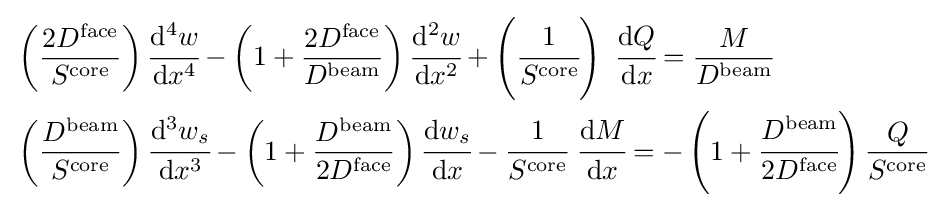
{\begin{aligned}&\left({\frac {2D^{\mathrm {face} }}{S^{\mathrm {core} }}}\right){\cfrac {\mathrm {d} ^{4}w}{\mathrm {d} x^{4}}}-\left(1+{\frac {2D^{\mathrm {face} }}{D^{\mathrm {beam} }}}\right){\cfrac {\mathrm {d} ^{2}w}{\mathrm {d} x^{2}}}+\left({\cfrac {1}{S^{\mathrm {core} }}}\right)~{\cfrac {\mathrm {d} Q}{\mathrm {d} x}}={\frac {M}{D^{\mathrm {beam} }}}\\&\left({\frac {D^{\mathrm {beam} }}{S^{\mathrm {core} }}}\right){\cfrac {\mathrm {d} ^{3}w_{s}}{\mathrm {d} x^{3}}}-\left(1+{\frac {D^{\mathrm {beam} }}{2D^{\mathrm {face} }}}\right){\cfrac {\mathrm {d} w_{s}}{\mathrm {d} x}}-{\cfrac {1}{S^{\mathrm {core} }}}~{\cfrac {\mathrm {d} M}{\mathrm {d} x}}=-\left(1+{\cfrac {D^{\mathrm {beam} }}{2D^{\mathrm {face} }}}\right){\frac {Q}{S^{\mathrm {core} }}}\,\end{aligned}}